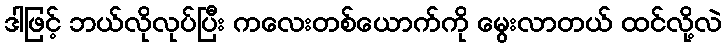
ဒါဖြင့် ဘယ်လိုလုပ်ပြီး ကလေးတစ်ယောက်ကို မွေးလာတယ် ထင်လို့လဲ